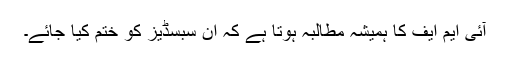
آئی ایم ایف کا ہمیشہ مطالبہ ہوتا ہے کہ ان سبسڈیز کو ختم کیا جائے۔